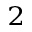
_ 2